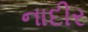
નાદીર